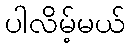
ပါလိမ့်မယ်